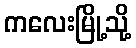
ကလေးမြို့သို့